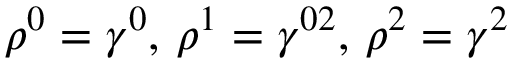
\rho ^ { 0 } = \gamma ^ { 0 } , \, \rho ^ { 1 } = \gamma ^ { 0 2 } , \, \rho ^ { 2 } = \gamma ^ { 2 }